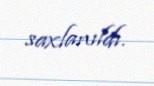
saxlanıldı.